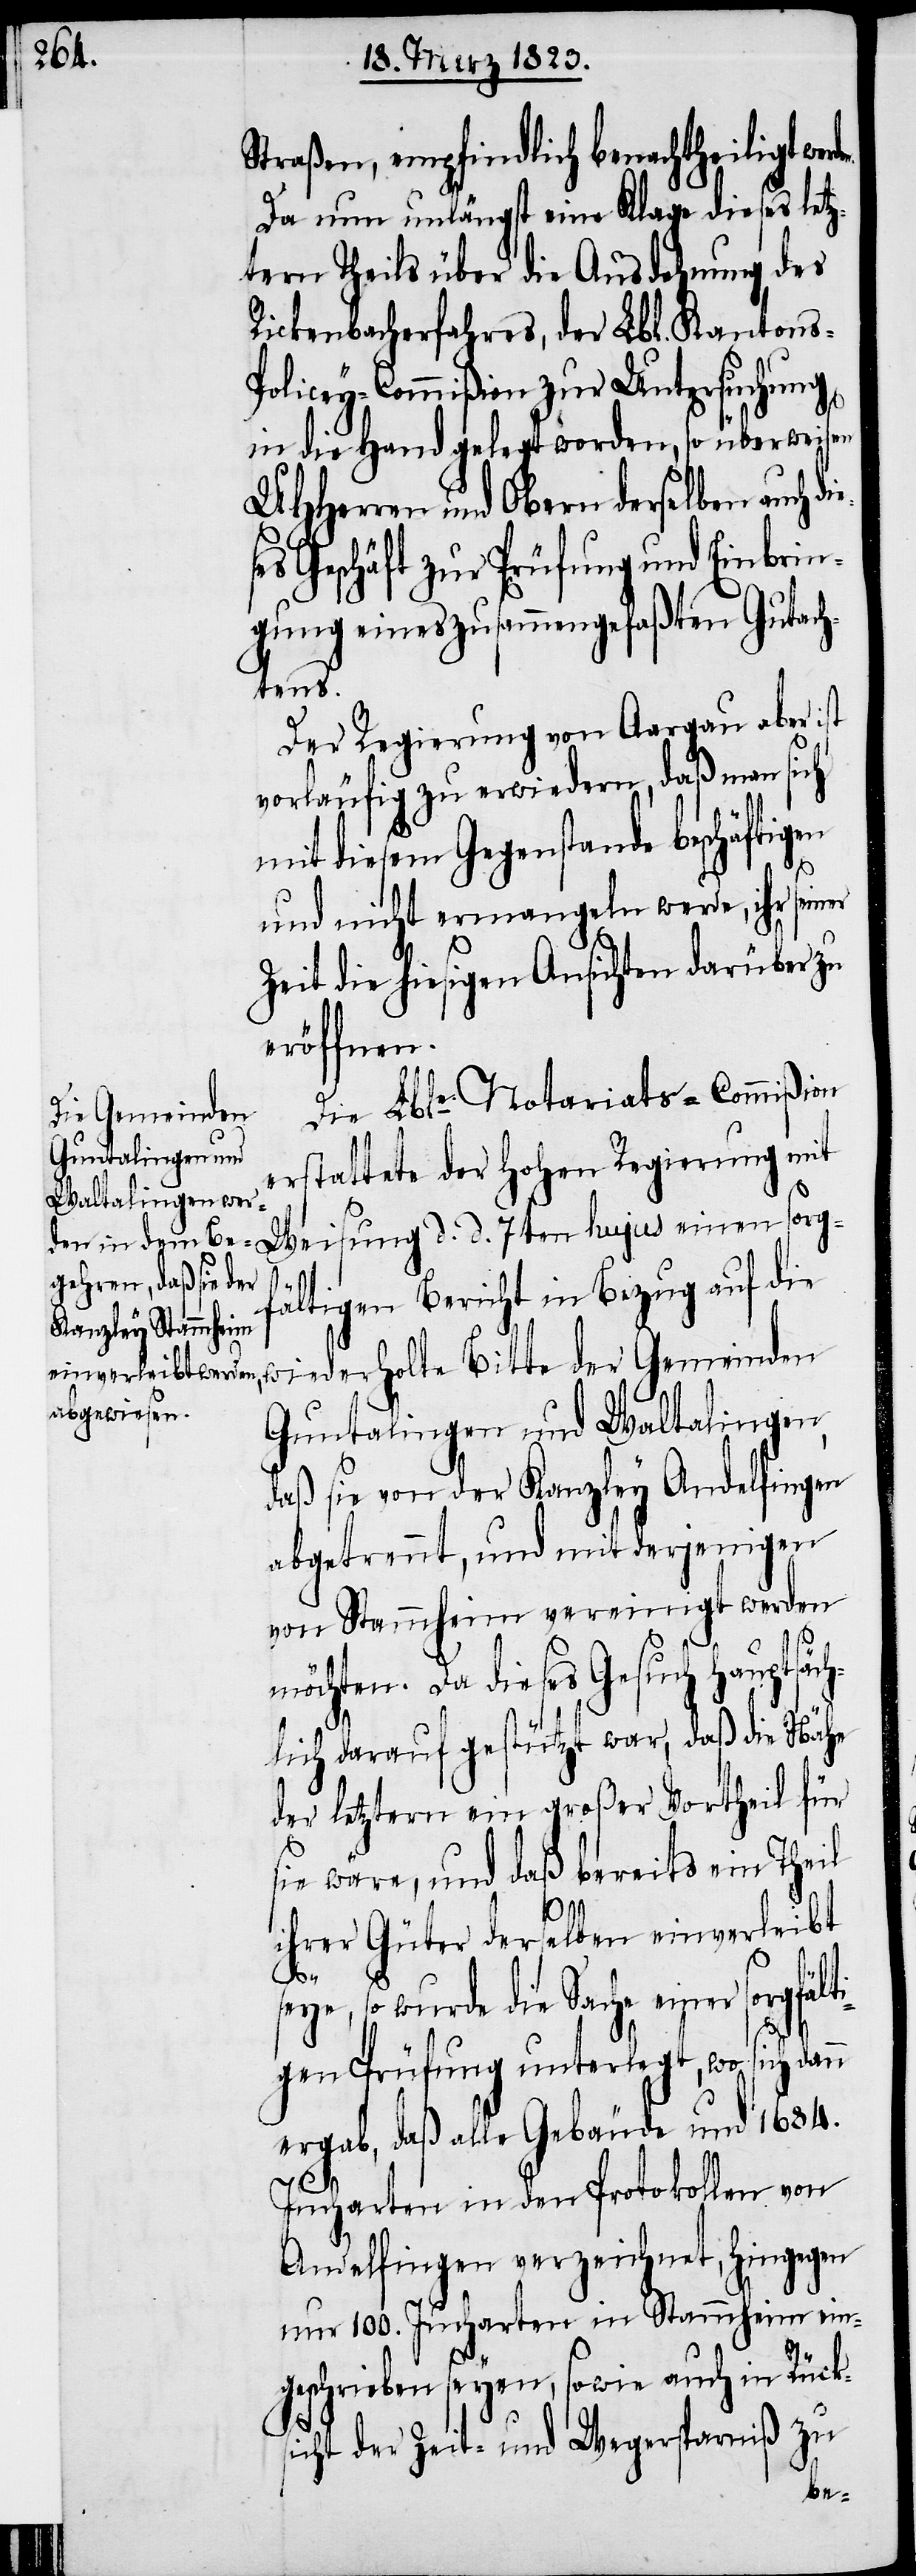
Straßen, empfindlich benachtheiligt wer¬
Da nun unlängst eine Klage dieses letz¬
tern Theils über die Ausdehnung des
Rickenbacherfahres, der Lbl. Kanton¬
olicey-Commißion zur Untersuchung
in die Hand gelegt worden, so überweisen
UHHerren und Obern derselben auch di¬
ses Geschäft zur Prüfung und Einbrin¬
gung eines zusammengefaßten Gutach¬
tens.
Der Regierung von Aargau aber ist
vorläufig zu erwiedern, daß man sich
mit diesem Gegenstande beschäftigen
und nicht ermangeln werde, ihr seiner
Zeit die hiesigen Ansichten darüber zu
eröffnen.
Die Lble. Notariats-Commißion
erstattete der Hohen Regierung mit
Weisung d. d. 7ten hujus einen sorgf¬
ältigen Bericht in Bezug auf die
wiederholte Bitte der Gemeinden
Guntalingen und Waltalingen,
daß sie von der Kanzley Andelfingen
abgetrennt, und mit derjenigen
von Stammheim vereinigt werden
möchten. Da dieses Gesuch hauptsäch¬
lich darauf gestützt war, daß die Nähe
der letztern ein großer Vortheil für
sie wäre, und daß bereits ein Theil
s-P¬
ihrer Güter derselben einverleibt
e¬
seye, so wurde die Sache einer sorgfält¬
igen Prüfung unterlegt, wo sich dann
ergab, daß alle Gebäude und 1684.
Jucharten in den Protokollen von
Andelfingen verzeichnet, hingegen
nur 100. Jucharten in Stammheim ein¬
geschrieben seyen, sowie auch in Rück¬
sicht der Zeit- und Wegersparniß zu